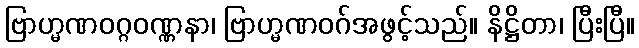
ဗြာဟ္မဏဝဂ္ဂဝဏ္ဏနာ၊ ဗြာဟ္မဏဝဂ်အဖွင့်သည်။ နိဋ္ဌိတာ၊ ပြီးပြီ။